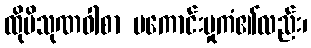
ထိုပိသုဏဝါစာ မကောင်းမှုကံ၏လည်း၊